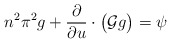
\begin{align*}n^2\pi^2g + \dfrac{\partial}{\partial u}\cdot \big(\mathcal{G}g\big) = \psi\end{align*}